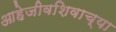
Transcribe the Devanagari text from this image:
आहेजीवशिवाच्या